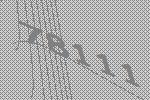
78111